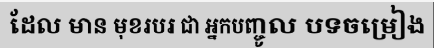
ដែល មាន មុខរបរ ជា អ្នកបញ្ចូល បទចម្រៀង